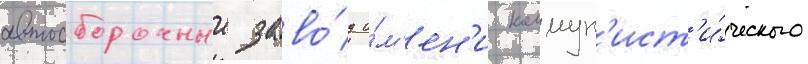
автосборочныи заво́д и́м'ен'и коммун'ист'и́ческого